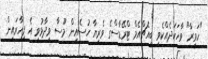
"ހަވީރާ" ވާހަކަދެއްކެވި ބީއެޗްއެމް ޓްރޭޑާސްގެ ވެރިޔާ ހުސެއިން މޫސާ ވިދާޅުވީ އެ ފިހާރައިން